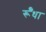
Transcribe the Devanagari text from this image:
र्रूँधा